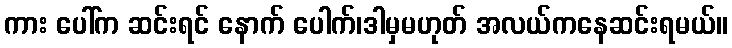
ကား ပေါ်က ဆင်းရင် နောက် ပေါက်၊ဒါမှမဟုတ် အလယ်ကနေဆင်းရမယ်။